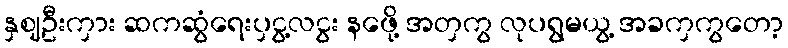
နှဈဦးကှား ဆကဆွံရေးပှငွ့လငွး နဖေို့ အတှကွ လုပရွမယွ့ အခကှကွတော့